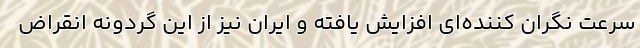
سرعت نگران کننده‌ای افزایش یافته و ایران نیز از این گردونه انقراض